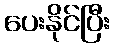
ပေးနိုင်ပြီး